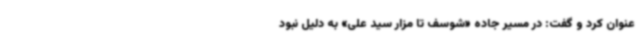
عنوان کرد و گفت: در مسیر جاده «شوسف تا مزار سید علی» به دلیل نبود